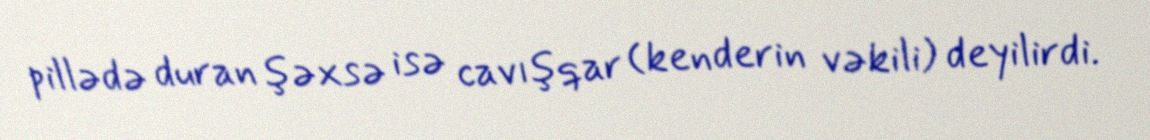
pillədə duran şəxsə isə cavışqar (kenderin vəkili) deyilirdi.